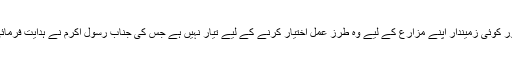
کوئی افسر اپنے ماتحت کے لیے، کوئی مالک اپنے ملازم کے لیے اور کوئی زمیندار اپنے مزارع کے لیے وہ طرز عمل اختیار کرنے کے لیے تیار نہیں ہے جس کی جناب رسول اکرمؐ نے ہدایت فرمائی ہے، اس لیے اسلام کا یہ اصول بھی ہمارے ہاں نافذ العمل نہیں ہے۔